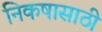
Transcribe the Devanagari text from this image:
निकषासाठी